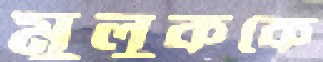
মুলুককে